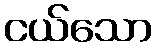
ငယ်သော